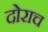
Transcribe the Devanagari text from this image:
दोराच